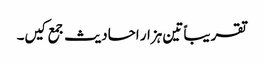
تقریباً تین ہزار احادیث جمع کیں۔